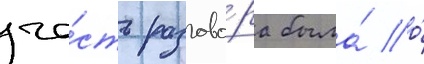
ча́сть разгово́ра была́ о́